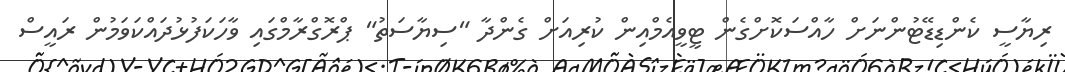
ރިޔާސީ ކެންޑިޑޭޓުންނަށް ހާއްސަކޮށްގެން ޓީވީއެމްއިން ކުރިއަށް ގެންދާ "ސިޔާސަތު" ޕްރޮގްރާމްގައި ވާހަކަފުޅުދައްކަވަމުން ރައީސް